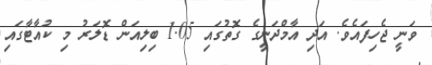
ވަނީ ޖެހިފައެވެ. އަދި އާމްދަނީގެ ގޮތުގައި 1.05 ބިލިއަން ޑޮލަރު މި ކުއާޓާގައި